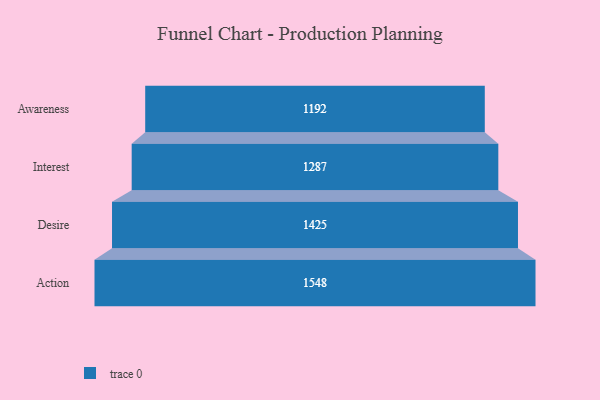
{"axis": {"x": "Stage", "y": "Value"}, "legend": [""], "data": [{"x": "Awareness", "y": 1192.0, "type": ""}, {"x": "Interest", "y": 1287.0, "type": ""}, {"x": "Desire", "y": 1425.0, "type": ""}, {"x": "Action", "y": 1548.0, "type": ""}]}